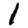
Digit: 1